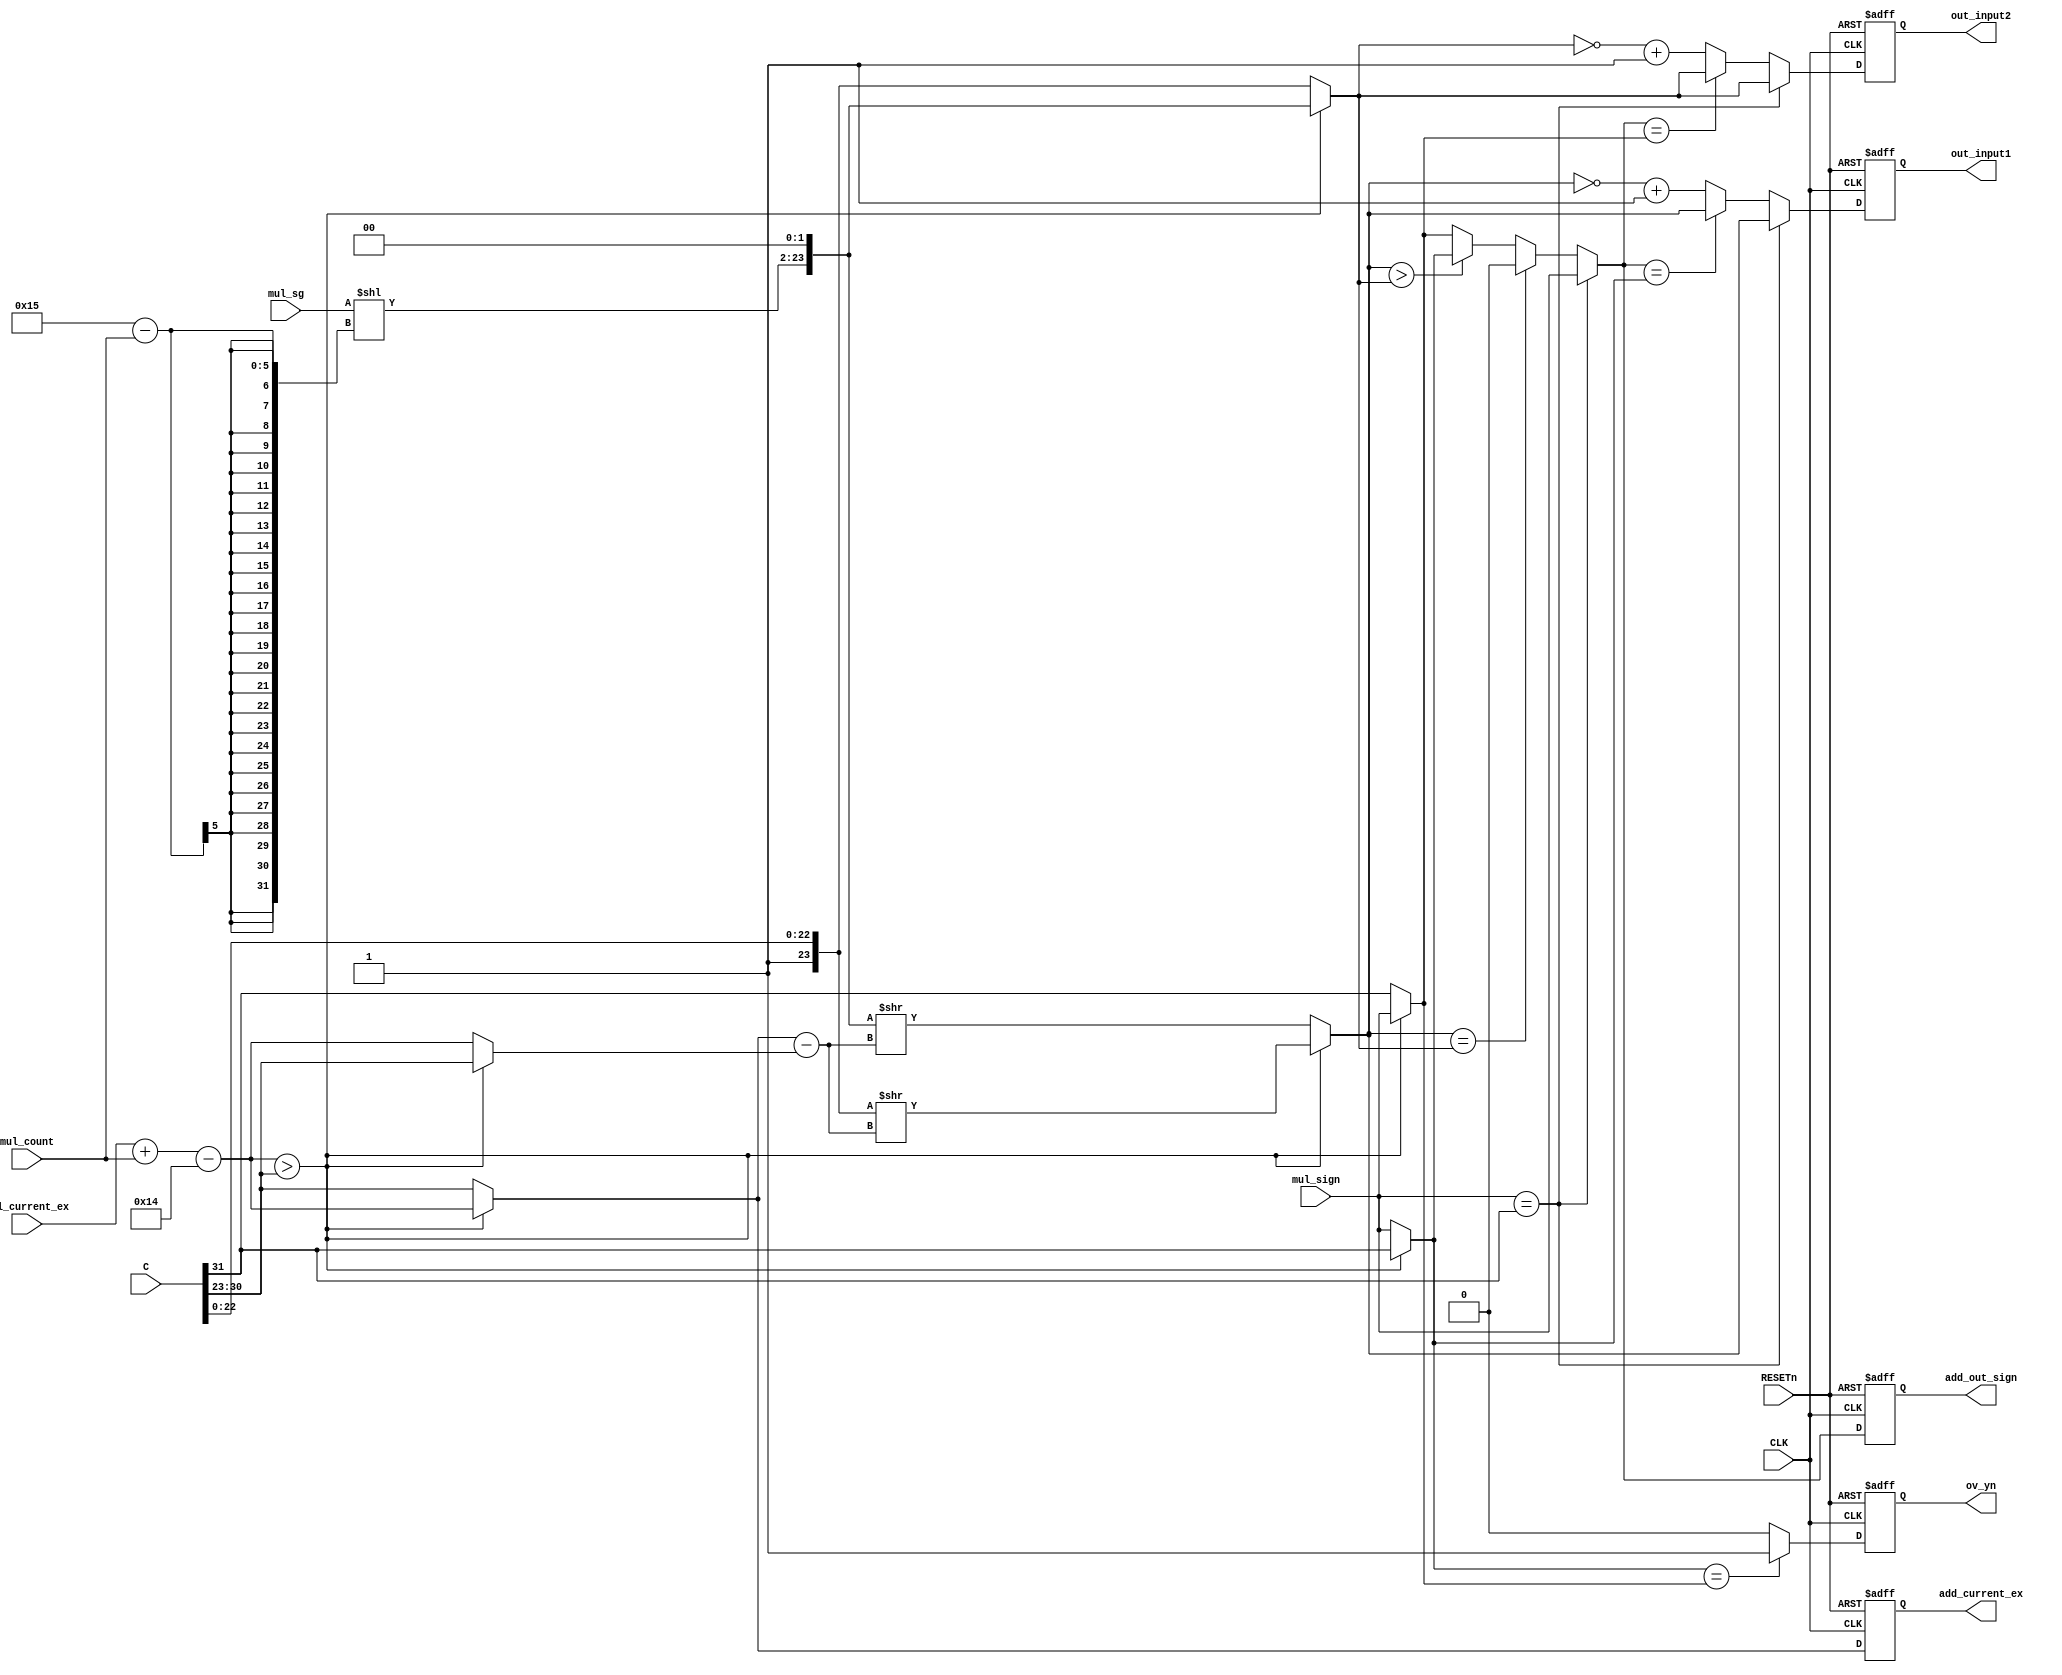
module mac_step3(CLK, RESETn, C, mul_sg, mul_count, mul_current_ex, mul_sign, add_out_sign, add_current_ex, out_input1, out_input2, ov_yn);
	input CLK, RESETn;
	input [31:0] C;
	input [21:0] mul_sg;
	input [4:0] mul_count;
	input [7:0] mul_current_ex;
	input mul_sign;
	
	output reg add_out_sign, ov_yn;
	output reg [7:0] add_current_ex;
	output reg [23:0] out_input1, out_input2;
	
	///////////////////////////////////////////////
	//multiplicaton output >> A
	//input C 				  >> B
	
	
	//normalize >> multiplier output
	wire s_A = mul_sign;
	
	wire [7:0] ex_A = mul_current_ex + mul_count -20;
	
	wire [23:0] sg_A = {{mul_sg << (21-mul_count)}, 2'b00};
	
	//input C
	wire s_B = C[31];							
	wire [7:0] ex_B = C[30:23];			
	wire [23:0] sg_B = {1'b1, C[22:0]};	
	
	////////////////////////////////////////////////
	
	// ADDER 
	
	//EX comparison/////////////////////////////////////////////
	
	wire ex_comp = (ex_A > ex_B) ? 0:1;
	wire [7:0] bigger = (ex_comp) ? ex_B : ex_A;
	wire [7:0] smaller = (ex_comp) ? ex_A : ex_B;
	
	wire [7:0] ex_diff = bigger-smaller;
	wire [7:0] current_exponent = bigger;
	
	//shifting////////////////////////////////////////////////
	//in1 - exponent   - shift right
	//in2 - exponent   - 
	
	wire [23:0] in1 = (ex_comp) ? sg_A >> ex_diff : sg_B >> ex_diff;
	wire [23:0] in2 = (ex_comp) ? sg_B : sg_A;
	wire sign_in2 = (ex_comp) ? s_B : s_A;
	wire sign_in1 = (ex_comp) ? s_A : s_B;
	
	//Addition prepare///////////////////////
	//   output   significand  -ov 
	//   output  significand    -ov 
	
	wire output_sign = (s_A == s_B) ? s_A : (in1 == in2) ? 0 : (in1 > in2) ? sign_in1 : sign_in2;
	wire ov_YN = (sign_in1 == sign_in2) ? 1 : 0;
	
	//   significand   2's complement 
	wire [23:0] input1 = (s_A == s_B) ? in1 : (output_sign == sign_in1) ? in1 : ~in1+1;
	wire [23:0] input2 = (s_A == s_B) ? in2 : (output_sign == sign_in2) ? in2 : ~in2+1;
	
	
	
	
	
	
	
	///////////////////////////////////////////
	always@(posedge CLK, negedge RESETn)begin
		if(!RESETn)begin
			add_out_sign <= 0;
			add_current_ex <= 0;
			out_input1 <= 0;
			out_input2 <= 0;
			ov_yn <= 0;
		end
		else begin
			add_out_sign <= output_sign;
			add_current_ex <= current_exponent;
			out_input1 <= input1;
			out_input2 <= input2;
			ov_yn <= ov_YN;
		end
	end
endmodule